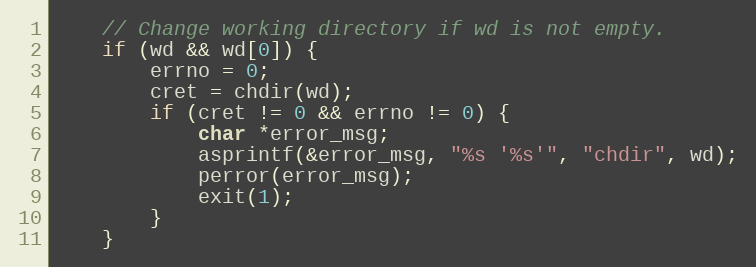
Language: C
	// Change working directory if wd is not empty.
	if (wd && wd[0]) {
		errno = 0;
		cret = chdir(wd);
		if (cret != 0 && errno != 0) {
			char *error_msg;
			asprintf(&error_msg, "%s '%s'", "chdir", wd);
			perror(error_msg);
			exit(1);
		}
	}